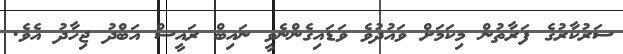
ސަރުކާރުގެ ފަރާތުން މިކަމަށް ވައުދުވެ ވަޑައިގެންނެވީ ނައިބް ރައީސް އަބްދު ޖިހާދު އެވެ.